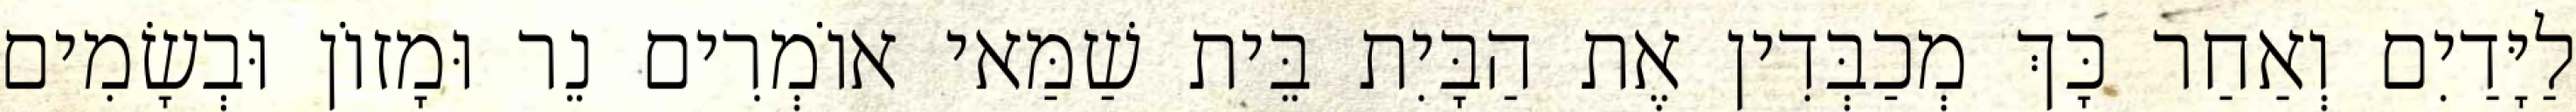
לַיָּדַיִם וְאַחַר כָּךְ מְכַבְּדִין אֶת הַבָּיִת בֵּית שַׁמַּאי אוֹמְרִים נֵר וּמָזוֹן וּבְשָׂמִים